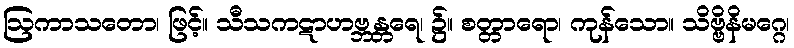
ဩကာသတော၊ ဖြင့်။ သီသကဋာဟဗ္ဘန္တရေ၊ ၌။ စတ္တာရော၊ ကုန်သော။ သိဗ္ဗိနိမဂ္ဂေ၊